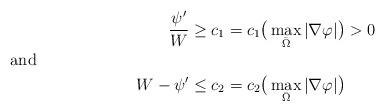
LaTeX: \begin{align*}\frac{\psi'}{W} &\ge c_1=c_1\big(\max_{\bar{\Omega}}|\nabla\varphi|\big)>0\\\noalign{and} W-\psi'&\le c_2=c_2\big(\max_{\bar{\Omega}}|\nabla\varphi|\big)\end{align*}